King Institute of Preventive Medicine Micro-Biological Section reports 1909-11
Year: 1909
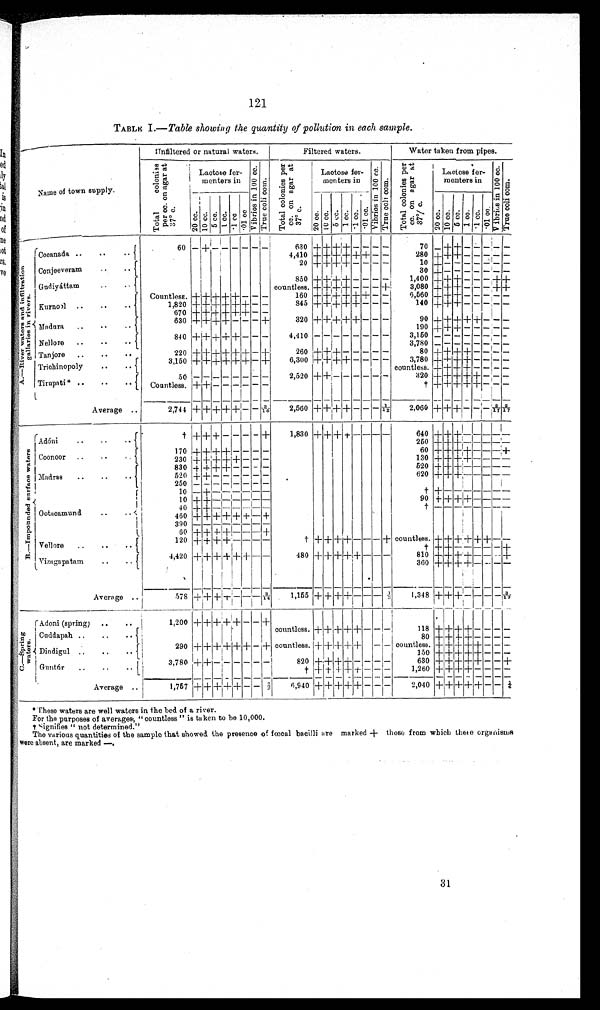
121
TABLE I .—Table showing the quantity of pollution in each sample.
Name of town supply
.
Unfiltered or natural waters.
Filtered waters.
Water taken from pipes.
T o t a l c o l o n i e s p e r c c . o n a g a r a t 3 7° c .
L a c t o s e f e r m e n t e r s i n
V i b r i o s i n 1 0 0 c c .
T r u e c o l i c o i n .
T o t a l c o l o n i e s p e r c c . o n a g a r a t 3 7° c .
L a c t o s e f e r m e n t e r s i n .
V i b r i o s i n 1 0 0 c c .
T r u e c o l i c o m .
T o t a l c o l o n i e s p e r c c . o n a g a r a t 3 7°/ c .
L a c t o s e f e r m e n t e r s i n
V i b r i o s i n 1 0 0 c c . T r u e c o l i c o m .
2 0 c c .
10 cc.
5 cc. 1 cc. · 1 cc. · 01 cc.
20 cc. 10 cc. 5 cc.
1. cc. · 1 c c . · 01 cc.
20 cc. 10 cc. 5 cc.
1 c c .
·1 cc. · 01 cc
A. —R i v e r wa t e r s a n d i n f i l t r a t i o n g a l l a r i e s i n r i v e r s .
60
− + − − − − − −
630
+ + + + − − − −
70 −
+ + − − − − −
Cocanada
4,410 + + + + + + − −
280 + + + − − − − −
20 + + + + − − − −
1 0
+ − − − − − − −
Conjeeveram
30 + − − − − − − −
850 + + + + − − − −
1,400 + + + − − − + +
Gudiyáttam
countless. + + + + − − − +
3,080 + + + − − − + +
Countless. + + + + + − − −
160 + + + + + + − −
6,560 + + + − − − − −
Kurnoo1
1,820
+ + ++ + + + − −
845 + + + + + − − −
140 + + + − −
− − −
670
+ + + + + + − −
630 + + + + − − − +
320 + + + + + − − −
90 + + + + + − − −
Madura
190 + + + − − − − −
840 + + + + + − − −
4,410 − − − − − − − −
3,150 − − − − − − − −
Nellore
3,780 − − − − − − − −
Tanjore
220 + + + + + + − +
260 + + + − − − − −
80 + + + + − − − −
3,150 + + + + + + − +
6,300 + + + + − − − −
3,780 − − − − − − − −
Trichinopoly
countless. + + + + − − − −
50 − − − − − − − −
2,520 + + − − − − − −
320 + + + + + − − −
Tirupati
Countless. + + − − − − − −
† + + + + + − − −
Average
2,744 + + + + + − − 3/10−
2,560 + + + + − − − 1/12
2,060 + + +
− − − 2/17 2/17
† + + + − − − − +
1,830
+ + + + − − − −
640
+ + + − − − − −
B—I mpounded s ur f ace wat er s Adóni
250 + + + − − −
− −
170
+ + + + − − − −
60 + + + + − − − +
Coonoor
230
+ + + + + − − −
130 + + + + − − − −
830
+ + + + − − − −
520 + + + − − − − −
Madras
520
+ + − − − − − −
620 + + + − − − − −
250 − − − − − − − −
10 − + − − − − − −
† + − − − − − − −
10 + + − − − − − −
90 + + + + − − − −
40 + + − − − − − −
† − − − − − − − −
Ootacamund
460 + + + + + + − +
390 − − − − − − − −
60 + + + + − − − +
120 + + + + − − − −
† + + + + − − − + countless. + + + + + + − −
Vellore
† + + − − − − − +
4,420
+ + + + + + − −
480 + + + + + − − −
810 + + + + − − − +
Vizagapatam
360 + + + + − − − −
Average
578
+ + + + − − − 3/14
1,155
+ + + + − − −
⅓
1,348 + + + −
− − − 3/13
C. —Spring waters.
Adoni (spring)
1,200
+ + + + + − − +
countless. + + + + + − − −
118 + + + + − − − −
Cuddapah
80
+ + + + − − − −
290
+ + + + + + − + countless. + + + + +
− − countless. + + + + + − − −
Dindigul
150 + + + + + − − −
3,780
+ + − − − − − −
820 + + + + − − − −
630 + + + + + − − +
Guntúr
† + + + + + − − −
1,260 + + + + − − − −
Average
1,757 + + + + + − − ⅔
6,940 + + + +
+ −
− −
2,040 + + + +
+ − − 1/6
* These waters are well waters in the bed of a river.
For the purposes of averages, "countless" is taken to be 10,000.
† Signifies " not determined."
The various quantities of the sample that showed the presence of fœcal bacilli are marked + those from which these organisms
were absent, are marked —.
31